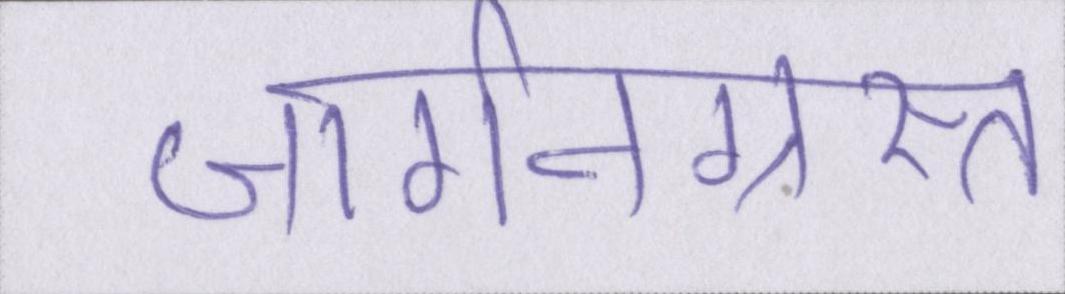
जार्गनग्रस्त